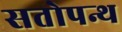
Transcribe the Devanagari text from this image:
सतोपन्थ